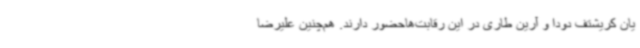
یان کریشتف دودا و آرین طاری در این رقابت‌هاحضور دارند. هم‌چنین علیرضا